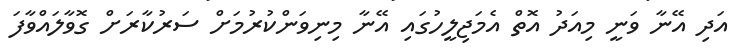
އަދި އޭނާ ވަނީ މިއަދު އޮތް އެމަޖިލީހުގައި އޭނާ މިނިވަންކުރުމަށް ސަރުކާރަށް ގޮވާލައްވާފަ